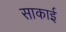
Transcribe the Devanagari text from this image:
साकाई